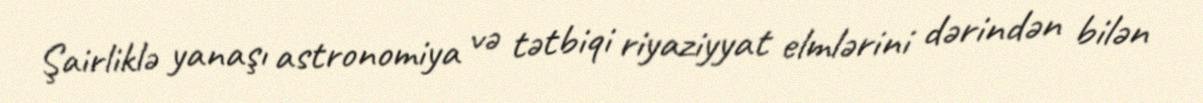
Şairliklə yanaşı astronomiya və tətbiqi riyaziyyat elmlərini dərindən bilən